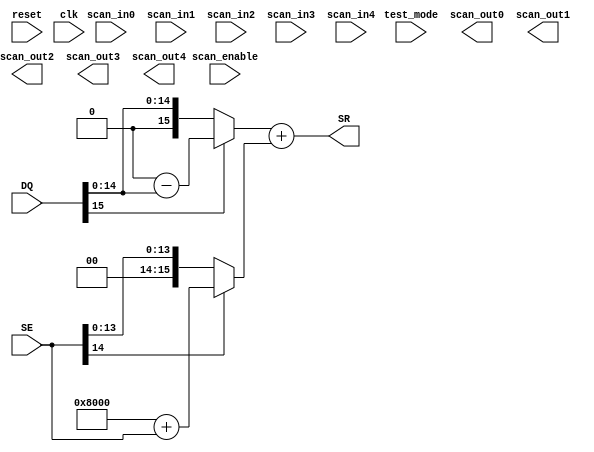
module ADDB (
           reset,
           clk,
           scan_in0,
           scan_in1,
           scan_in2,
           scan_in3,
           scan_in4,
           scan_enable,
           test_mode,
           scan_out0,
           scan_out1,
           scan_out2,
           scan_out3,
           scan_out4,
	   DQ,
	   SE,
	   SR
	   );

input
    reset,                      // system reSEt
    clk;                        // system clock

input
    scan_in0,                   // test scan mode data input
    scan_in1,                   // test scan mode data input
    scan_in2,                   // test scan mode data input
    scan_in3,                   // test scan mode data input
    scan_in4,                   // test scan mode data input
    scan_enable,                // test scan mode enable
    test_mode;                  // test mode 

output
    scan_out0,                  // test scan mode data output
    scan_out1,                  // test scan mode data output
    scan_out2,                  // test scan mode data output
    scan_out3,                  // test scan mode data output
    scan_out4;                  // test scan mode data output

input [15:0]
	DQ;

input [14:0]	
	SE;

output wire [15:0]
	SR;

wire
	DQS,
	SES;

wire [15:0] 
	DQI,
	SEI;

assign DQS	= DQ[15];									// Read the sign of DQ and update to DQS

assign DQI	= (DQS == 1'b0)	?	DQ	:	(65536 - ({1'b0,DQ[14:0]}))	;	// Convert DQ from Sign Magnitude to 2's Complement

assign SES	= SE[14];									// Read the sign of SE and update to SES
	
assign SEI	= (SES == 1'b0)	?	SE	:	(32768 + SE)	;			// Convert SE from 15 bit 2's complement to 16bits  

assign SR	= (DQI + SEI);									// 2's complement addition of DQ and SE

endmodule